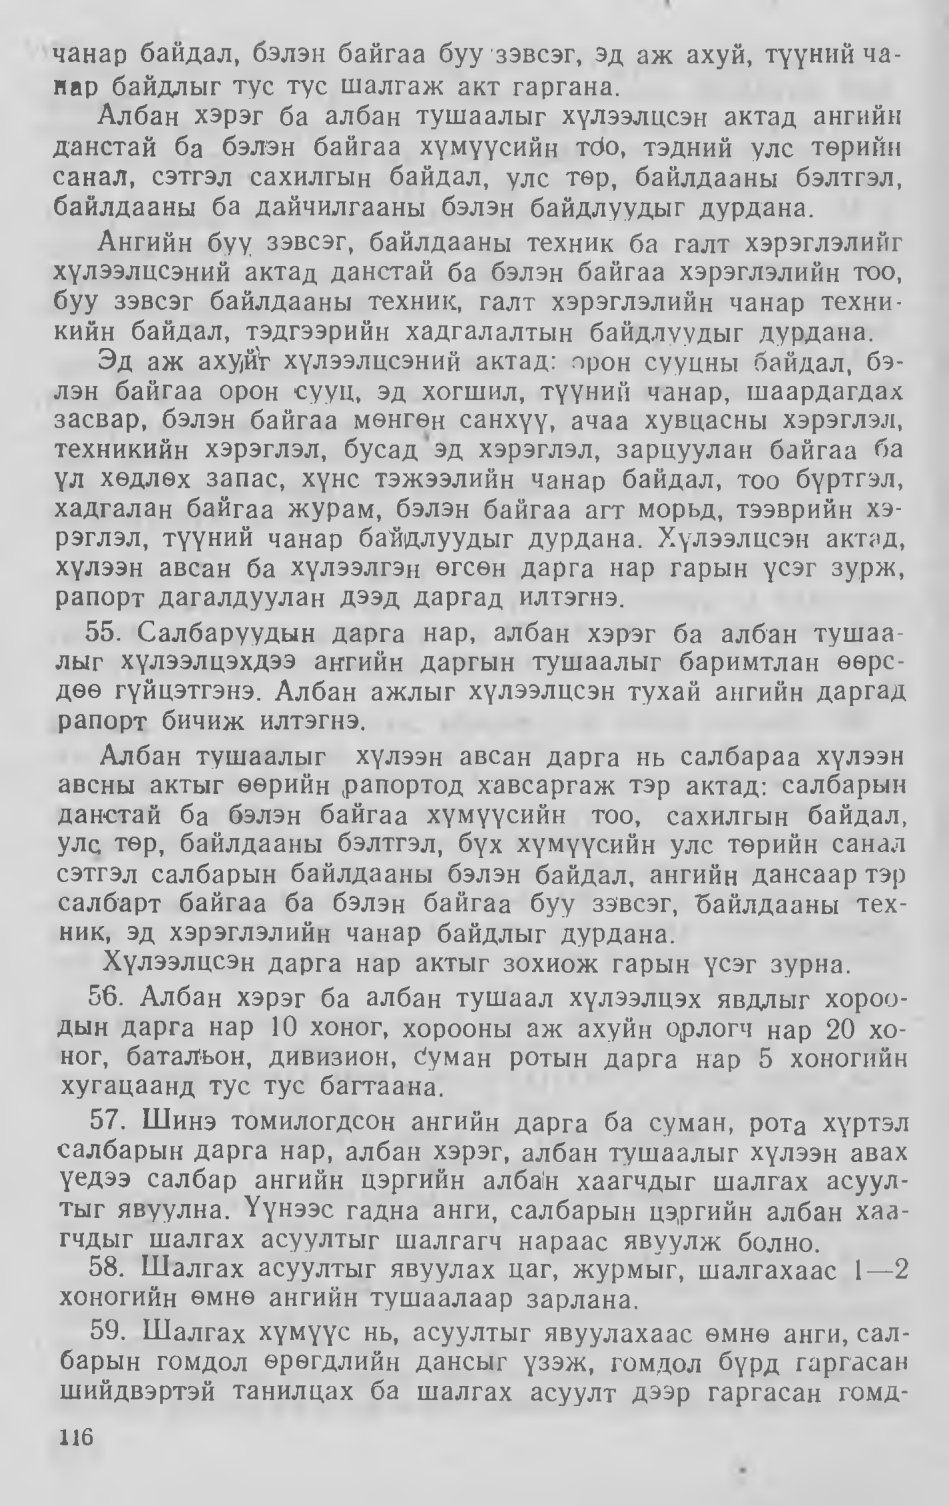
Language: mn